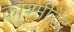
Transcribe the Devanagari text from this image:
काश्मीरेंद्र